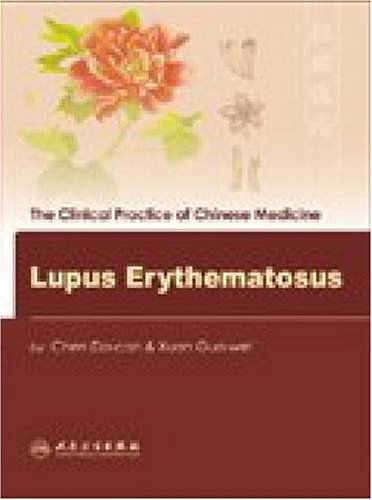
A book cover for Lupus Erythematosus (The Clinical Practice of Chinese Medicine); Chen Da-can; Health, Fitness & Dieting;